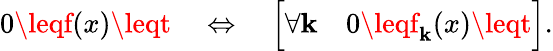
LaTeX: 0\leqf(x)\leqt\quad\Leftrightarrow\quad{\Bigl[}\forall\mathbf{k}\quad0\leqf_{\mathbf{k}}(x)\leqt{\Bigr]}.